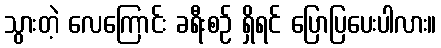
သွားတဲ့ လေကြောင်း ခရီးစဉ် ရှိရင် ပြောပြပေးပါလား။